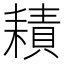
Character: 耫